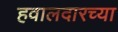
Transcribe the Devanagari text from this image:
हवालदारच्या